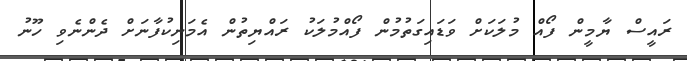
ރައީސް ޔާމީން ފޯއް މުލަކަށް ވަޑައިގަތުމުން ފޯއްމުލަކު ރައްޔިތުން އެމަނިކުފާނަށް ދެންނެވި ހޫނު